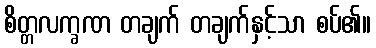
စိတ္တလက္ခဏ တချက် တချက်နှင့်သာ စပ်၏။